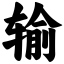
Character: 输